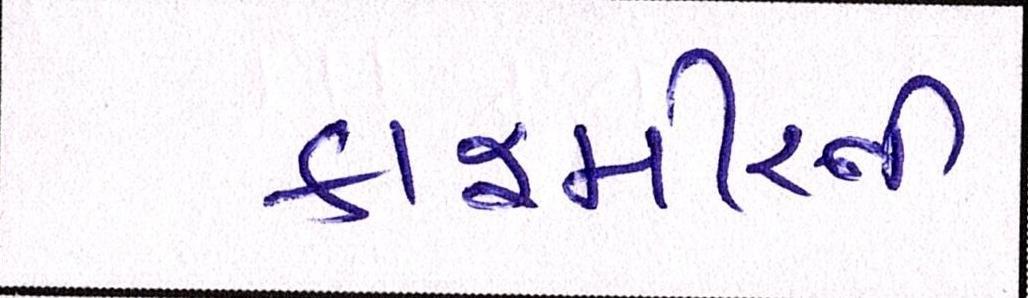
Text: કાશ્મીરની